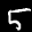
Label: 5